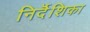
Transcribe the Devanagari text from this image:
निर्दॆशिका